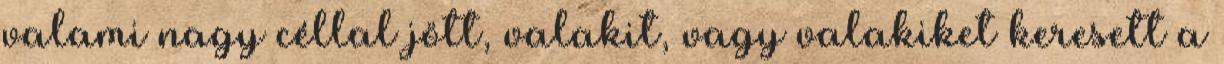
valami nagy céllal jött, valakit, vagy valakiket keresett a